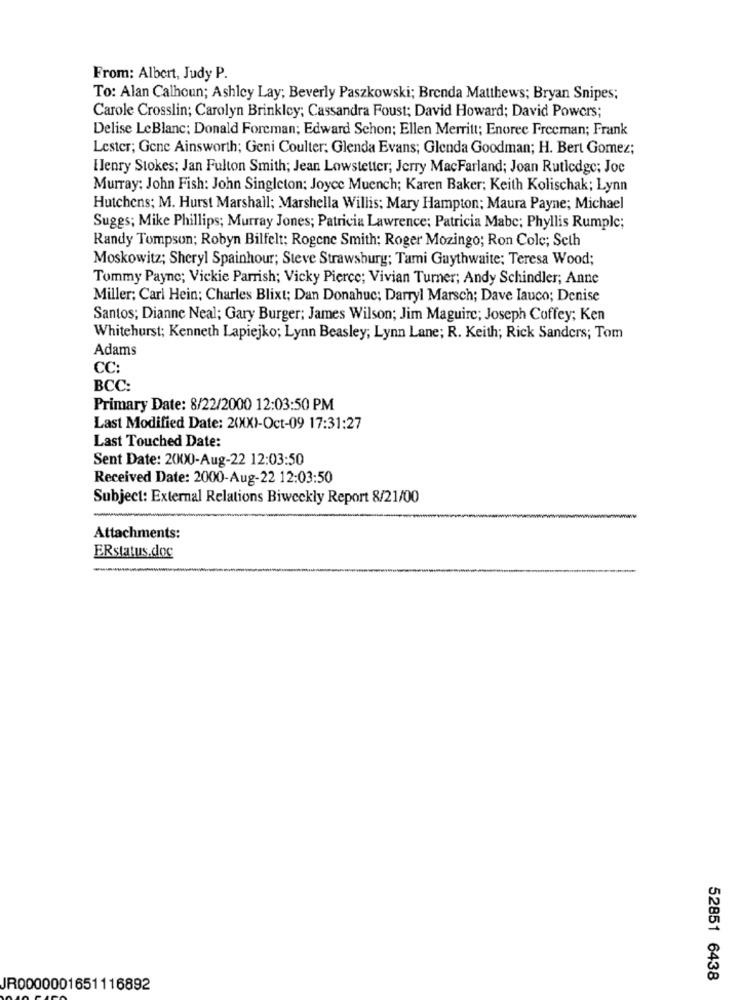
From: Albert, Judy P.
To: Alan Calhoun; Ashley Lay; Beverly Paszkowski; Brenda Matthews; Bryan Snipes;
Carole Crosslin; Carolyn Brinkley; Cassandra Foust; David Howard; David Powers;
Delise LeBlanc: Donald Foreman; Edward Schon; Ellen Merritt; Enorec Freeman; Frank
Lester; Gene Ainsworth; Geni Coulter; Glenda Evans; Glenda Goodman; H. Bert Gomez;
Elenry Stokes: Jan Fulton Smith; Jean Lowstetter; Jerry MacFarland; Joan Rutledge; Joe
Murray: John Fish: John Singleton: Joyce Muench; Karen Baker; Keith Kolischak; Lynn
Hutchens; M. Hurst Marshall; Marshella Willis; Mary Hampton; Maura Payne; Michael
Suggs; Mike Phillips; Murray Jones; Patricia Lawrence; Patricia Mabc; Phyllis Rumple;
Randy Tompson; Robyn Bilfelt: Rogene Smith: Roger Mozingo; Ron Cole; Seth
Moskowitz; Sheryl Spainhour; Steve Strawsburg; Tami Guythwaite; Teresa Wood;
Tommy Payne; Vickie Parrish; Vicky Pierce; Vivian Turner; Andy Schindler; Anne
Miller; Carl Hein: Charles Blixt; Dan Donahuc; Darryl Marsch; Dave Iauco; Denise
Santos; Dianne Neal; Gary Burger; James Wilson; Jim Maguire; Joseph Coffey; Ken
Whitehurst; Kenneth Lapiejko; Lynn Beasley; Lynn Lane; R. Keith; Rick Sanders; Tom
Adams
CC:
BCC:
Primary Date: 8/22/2000 12:03:50 PM
Last Modified Date: 2(XX)-Oct-09 17:31:27
Last Touched Date:
Sent Date: 2000-Aug-22 12:03:50
Received Date: 2000-Aug-22 12:03:50
Subject: External Relations Biweekly Report 8/21/00
Attachments:
ERstatus.doc
52851 6438
JR0000001651116892